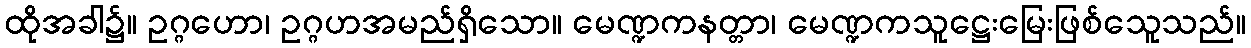
ထိုအခါ၌။ ဥဂ္ဂဟော၊ ဥဂ္ဂဟအမည်ရှိသော။ မေဏ္ဍကနတ္တာ၊ မေဏ္ဍကသူဋ္ဌေးမြေးဖြစ်သေူသည်။